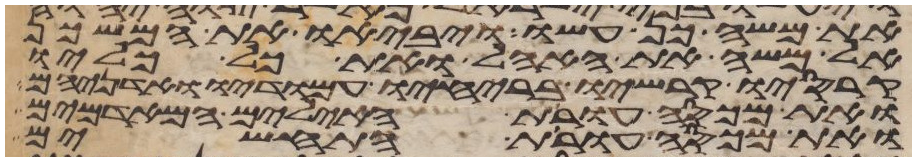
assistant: את משה כן עשו ויביאו את המשכן
אל משה את האהל ואת כל כליו
קרסיו קרשיו בריחיו עמודיו ואדניהם
ואת מכסה עורת האילים המאדמים
ואת מכסה עורת התחשים